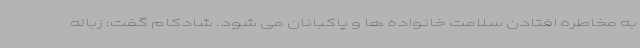
به مخاطره افتادن سلامت خانواده ها و پاکبانان می شود. شادکام گفت: زباله